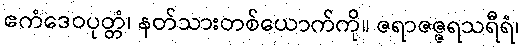
ဧကံဒေဝပုတ္တံ၊ နတ်သားတစ်ယောက်ကို။ ဇရာဇဇ္ဇရသရီရံ၊